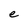
Character: e